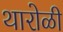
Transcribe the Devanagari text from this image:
थारोळी